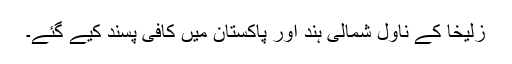
زُلیخا کے ناول شمالی ہند اور پاکستان میں کافی پسند کیے گئے۔